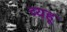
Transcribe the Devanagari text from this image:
व्यहू